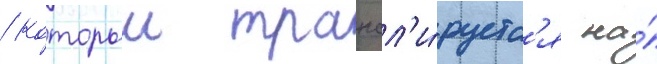
/ которыи трансл'и́руетс'я на́